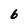
Character: 6